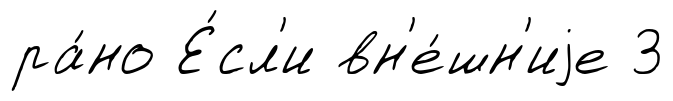
ра́но Е́сл'и вн'е́шн'иjе 3